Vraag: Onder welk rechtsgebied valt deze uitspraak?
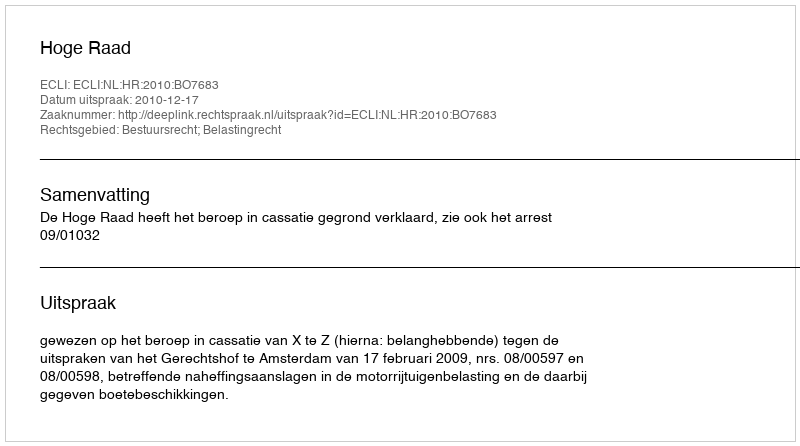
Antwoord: Bestuursrecht; Belastingrecht